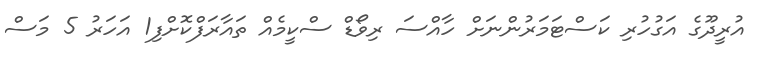
އުރީދޫގެ އަގުހުރި ކަސްޓަމަރުންނަށް ހާއްސަ ރިވޯޑް ސްކީމެއް ތައާރަފްކޮށްފި1 އަހަރު 5 މަސް